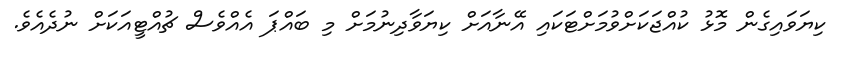
ކިޔަވައިގެން މޮޅު ކުއްޖަކަށްވުމަށްޓަކައި އޭނާއަށް ކިޔަވާދިނުމަށް މި ބައްޕަ އެއްވެސް ޗުއްޓީއަކަށް ނުދެއެވެ.